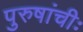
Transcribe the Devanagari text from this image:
पुरुषांचीः